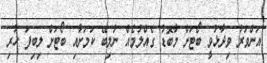
އަންވަރު ވިދާޅުވީ ބޯޓަށް މާބޮޑު ގެއްލުމެއް ނުލިބޭ ކަމަށާއި ބޯޓަށް ލިބިފަ ހުރި